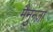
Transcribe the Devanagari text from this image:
मैनुन्ज़ा